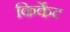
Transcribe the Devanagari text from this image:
किर्केट